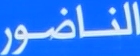
الناضور